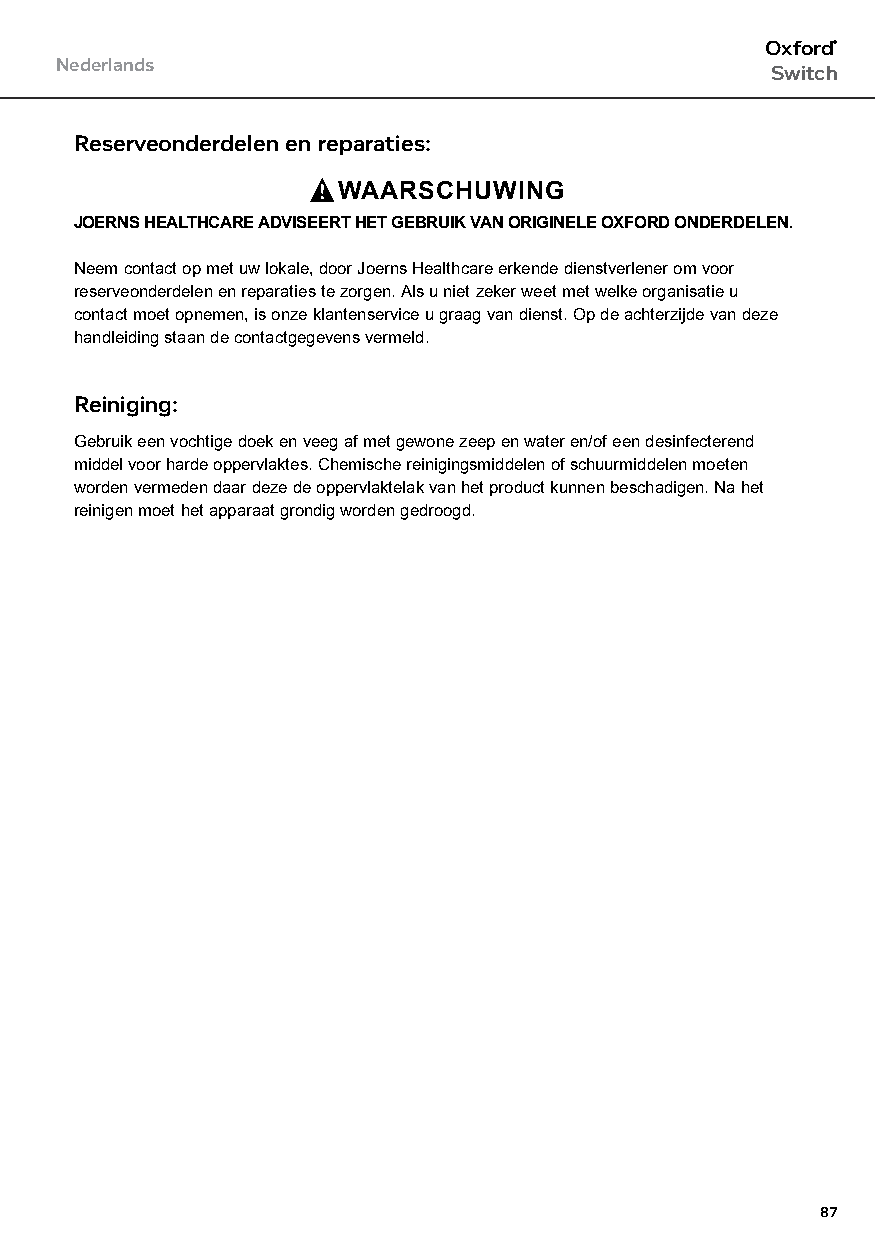
Oxford®
 Nederlands
 Switch
 Reserveonderdelen en reparaties:
 WAARSCHUWING
 JOERNS HEALTHCARE ADVISEERT HET GEBRUIK VAN ORIGINELE OXFORD ONDERDELEN.
 Neem contact op met uw lokale, door Joerns Healthcare erkende dienstverlener om voor
 reserveonderdelen en reparaties te zorgen. Als u niet zeker weet met welke organisatie u
 contact moet opnemen, is onze klantenservice u graag van dienst. Op de achterzijde van deze
 handleiding staan de contactgegevens vermeld.
 Reiniging:
 Gebruik een vochtige doek en veeg af met gewone zeep en water en/of een desinfecterend
 middel voor harde oppervlaktes. Chemische reinigingsmiddelen of schuurmiddelen moeten
 worden vermeden daar deze de oppervlaktelak van het product kunnen beschadigen. Na het
 reinigen moet het apparaat grondig worden gedroogd.
 87